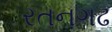
રતનગઢ